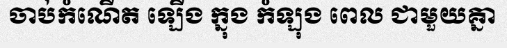
ចាប់កំណើត ឡើង ក្នុង កំឡុង ពេល ជាមួយគ្នា